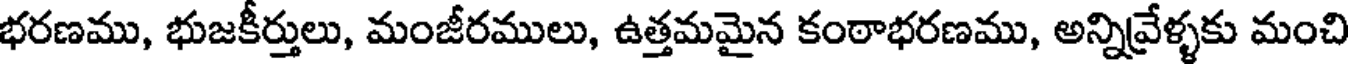
భరణము, భుజకీర్తులు, మంజీరములు, ఉత్తమమైన కంఠాభరణము, అన్నివ్రేళ్ళకు మంచి